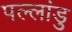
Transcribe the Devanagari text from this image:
पल्लांडु